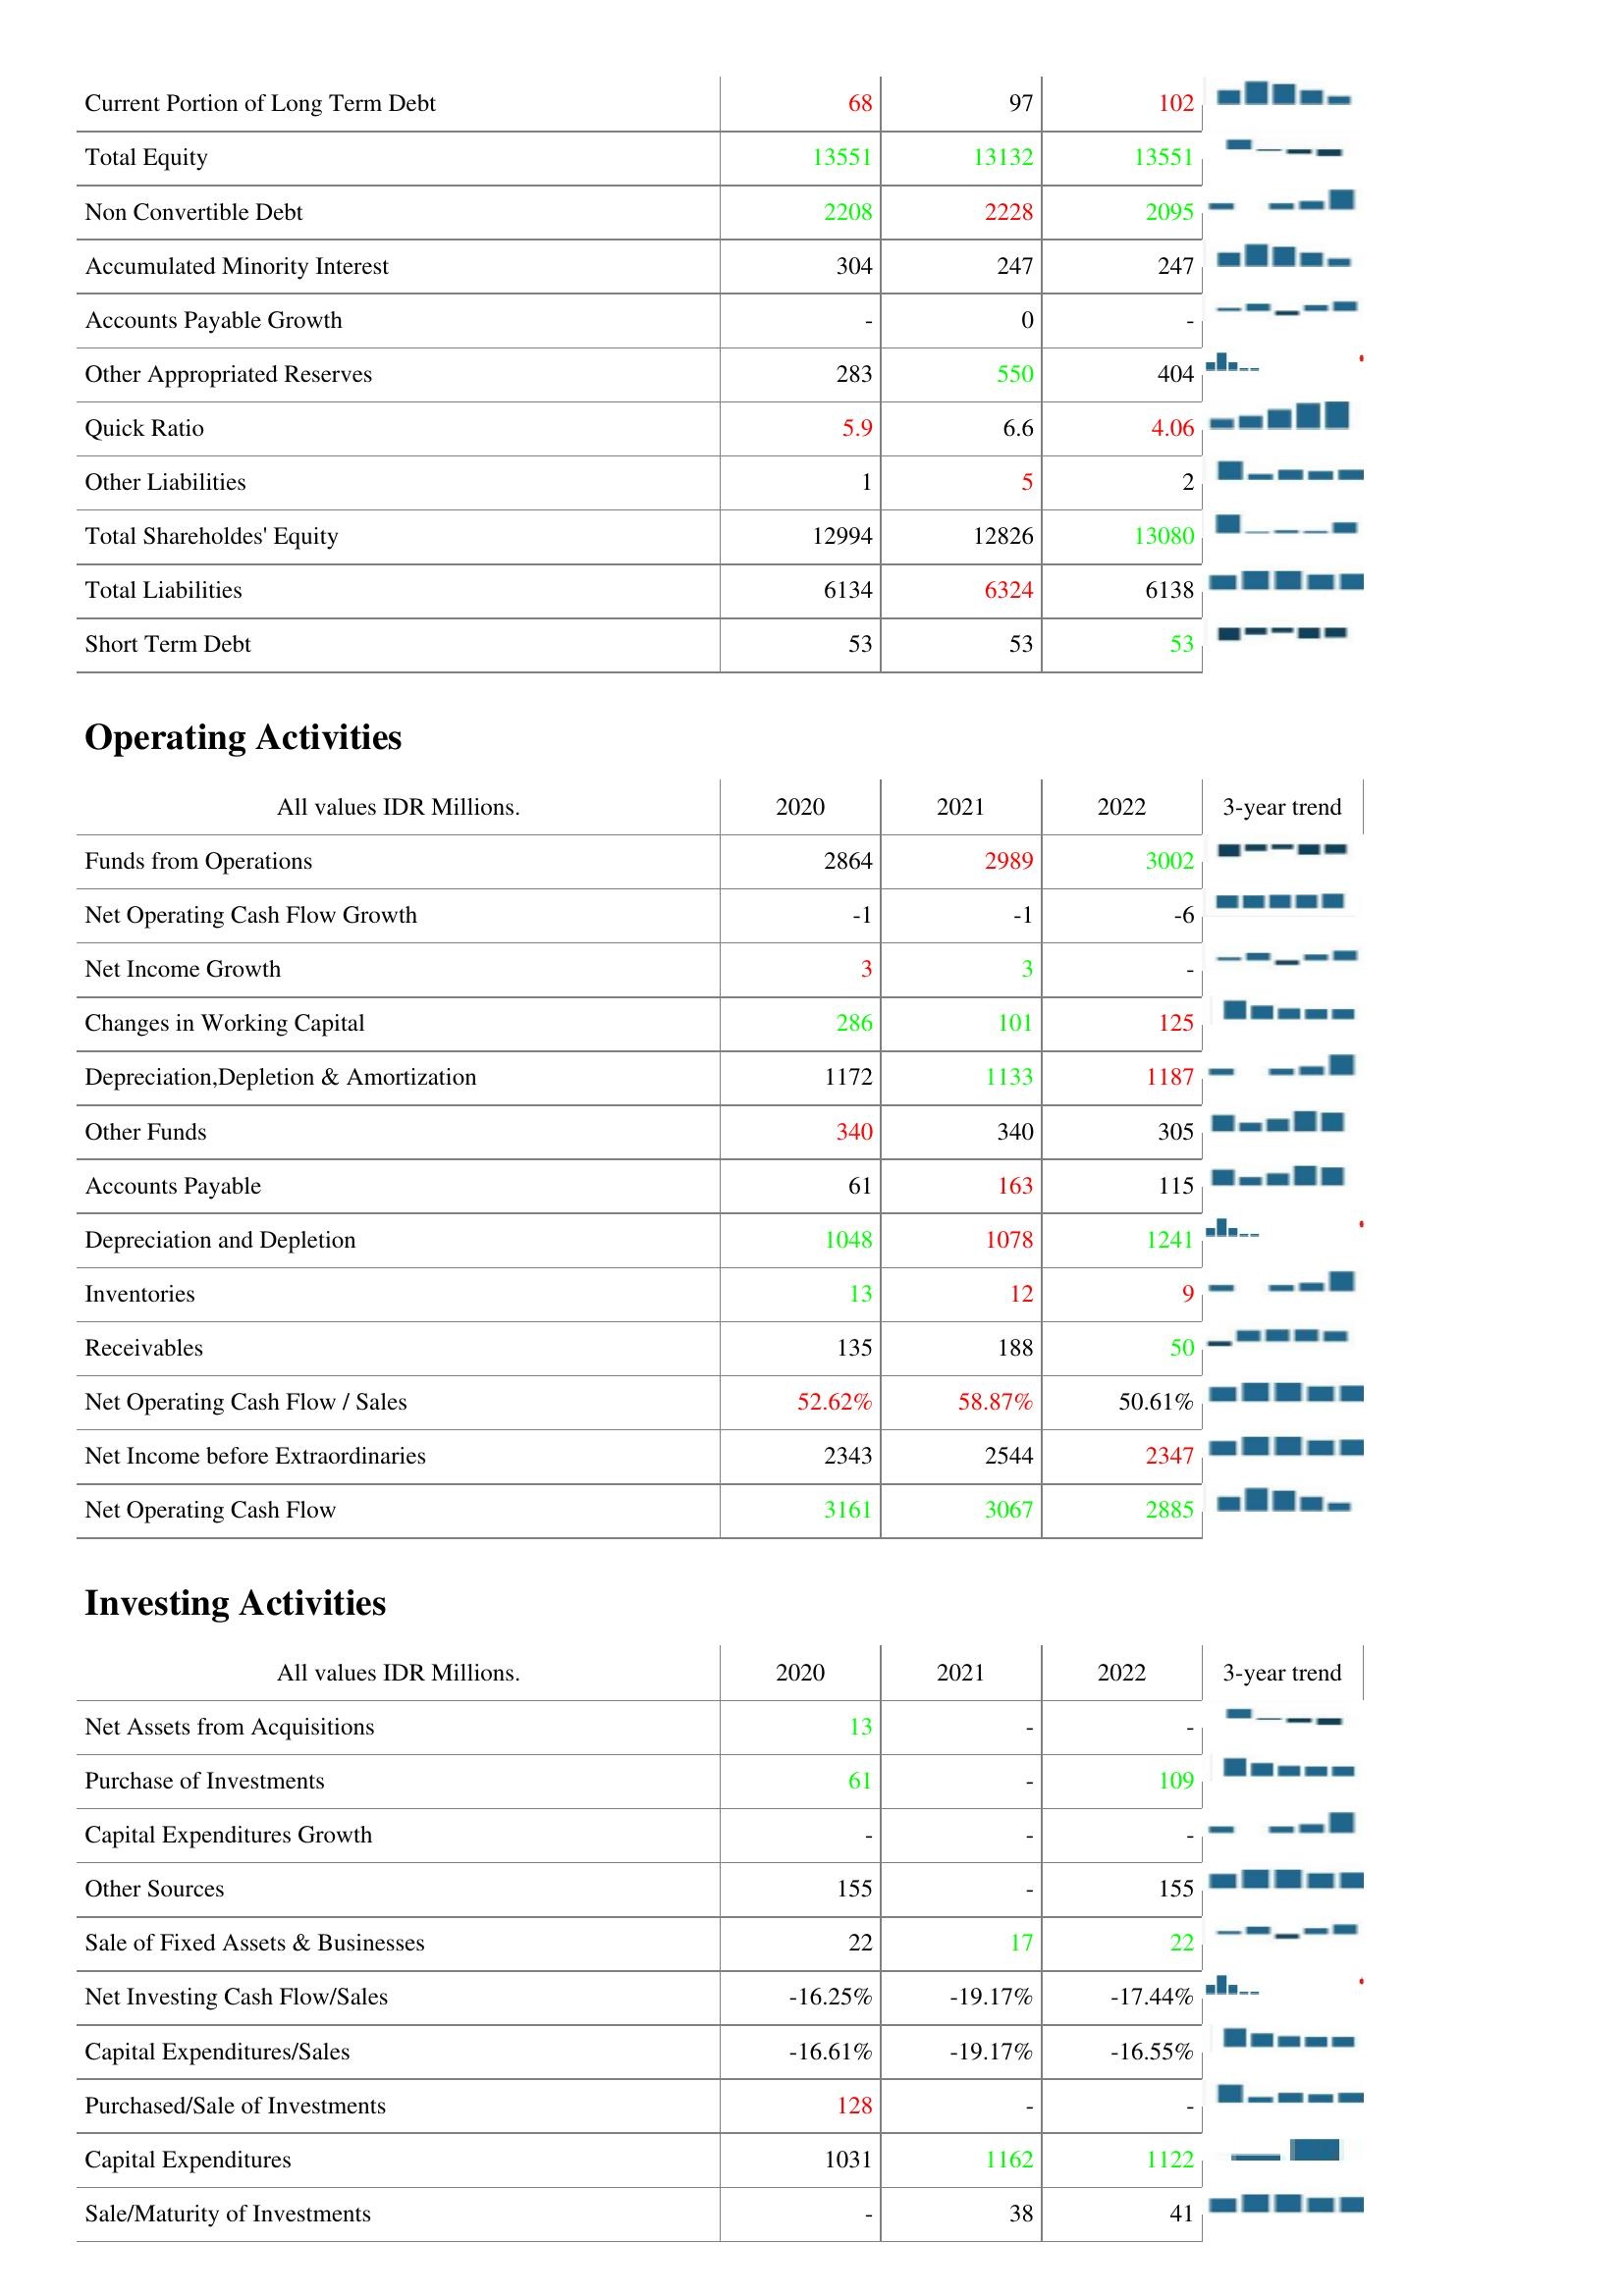
2020: Liabilities & Shareholder's Equity: Current Portion of Long Term Debt: 68
Total Equity: 13551
Non Convertible Debt: 2208
Accumulated Minority Interest: 304
Accounts Payable Growth: -
Other Appropriated Reserves: 283
Quick Ratio: 5.9
Other Liabilities: 1
Total Shareholdes' Equity: 12994
Total Liabilities: 6134
Short Term Debt: 53
Operating Activities: Funds from Operations: 2864
Net Operating Cash Flow Growth: -1
Net Income Growth: 3
Changes in Working Capital: 286
Depreciation,Depletion & Amortization: 1172
Other Funds: 340
Accounts Payable: 61
Depreciation and Depletion: 1048
Inventories: 13
Receivables: 135
Net Operating Cash Flow / Sales: 52.62%
Net Income before Extraordinaries: 2343
Net Operating Cash Flow: 3161
Investing Activities: Net Assets from Acquisitions: 13
Purchase of Investments: 61
Capital Expenditures Growth: -
Other Sources: 155
Sale of Fixed Assets & Businesses: 22
Net Investing Cash Flow/Sales: -16.25%
Capital Expenditures/Sales: -16.61%
Purchased/Sale of Investments: 128
Capital Expenditures: 1031
Sale/Maturity of Investments: -
2021: Liabilities & Shareholder's Equity: Current Portion of Long Term Debt: 97
Total Equity: 13132
Non Convertible Debt: 2228
Accumulated Minority Interest: 247
Accounts Payable Growth: 0
Other Appropriated Reserves: 550
Quick Ratio: 6.6
Other Liabilities: 5
Total Shareholdes' Equity: 12826
Total Liabilities: 6324
Short Term Debt: 53
Operating Activities: Funds from Operations: 2989
Net Operating Cash Flow Growth: -1
Net Income Growth: 3
Changes in Working Capital: 101
Depreciation,Depletion & Amortization: 1133
Other Funds: 340
Accounts Payable: 163
Depreciation and Depletion: 1078
Inventories: 12
Receivables: 188
Net Operating Cash Flow / Sales: 58.87%
Net Income before Extraordinaries: 2544
Net Operating Cash Flow: 3067
Investing Activities: Net Assets from Acquisitions: -
Purchase of Investments: -
Capital Expenditures Growth: -
Other Sources: -
Sale of Fixed Assets & Businesses: 17
Net Investing Cash Flow/Sales: -19.17%
Capital Expenditures/Sales: -19.17%
Purchased/Sale of Investments: -
Capital Expenditures: 1162
Sale/Maturity of Investments: 38
2022: Liabilities & Shareholder's Equity: Current Portion of Long Term Debt: 102
Total Equity: 13551
Non Convertible Debt: 2095
Accumulated Minority Interest: 247
Accounts Payable Growth: -
Other Appropriated Reserves: 404
Quick Ratio: 4.06
Other Liabilities: 2
Total Shareholdes' Equity: 13080
Total Liabilities: 6138
Short Term Debt: 53
Operating Activities: Funds from Operations: 3002
Net Operating Cash Flow Growth: -6
Net Income Growth: -
Changes in Working Capital: 125
Depreciation,Depletion & Amortization: 1187
Other Funds: 305
Accounts Payable: 115
Depreciation and Depletion: 1241
Inventories: 9
Receivables: 50
Net Operating Cash Flow / Sales: 50.61%
Net Income before Extraordinaries: 2347
Net Operating Cash Flow: 2885
Investing Activities: Net Assets from Acquisitions: -
Purchase of Investments: 109
Capital Expenditures Growth: -
Other Sources: 155
Sale of Fixed Assets & Businesses: 22
Net Investing Cash Flow/Sales: -17.44%
Capital Expenditures/Sales: -16.55%
Purchased/Sale of Investments: -
Capital Expenditures: 1122
Sale/Maturity of Investments: 41